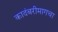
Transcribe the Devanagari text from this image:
कादंबरीमागचा